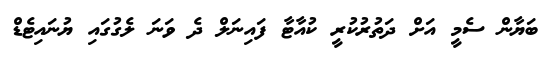
ބަޔާން ސެމީ އަށް ދަތުރުކުރީ ކުއާޓާ ފައިނަލް ދެ ވަނަ ލެގުގައި ޔުނައިޓެޑް